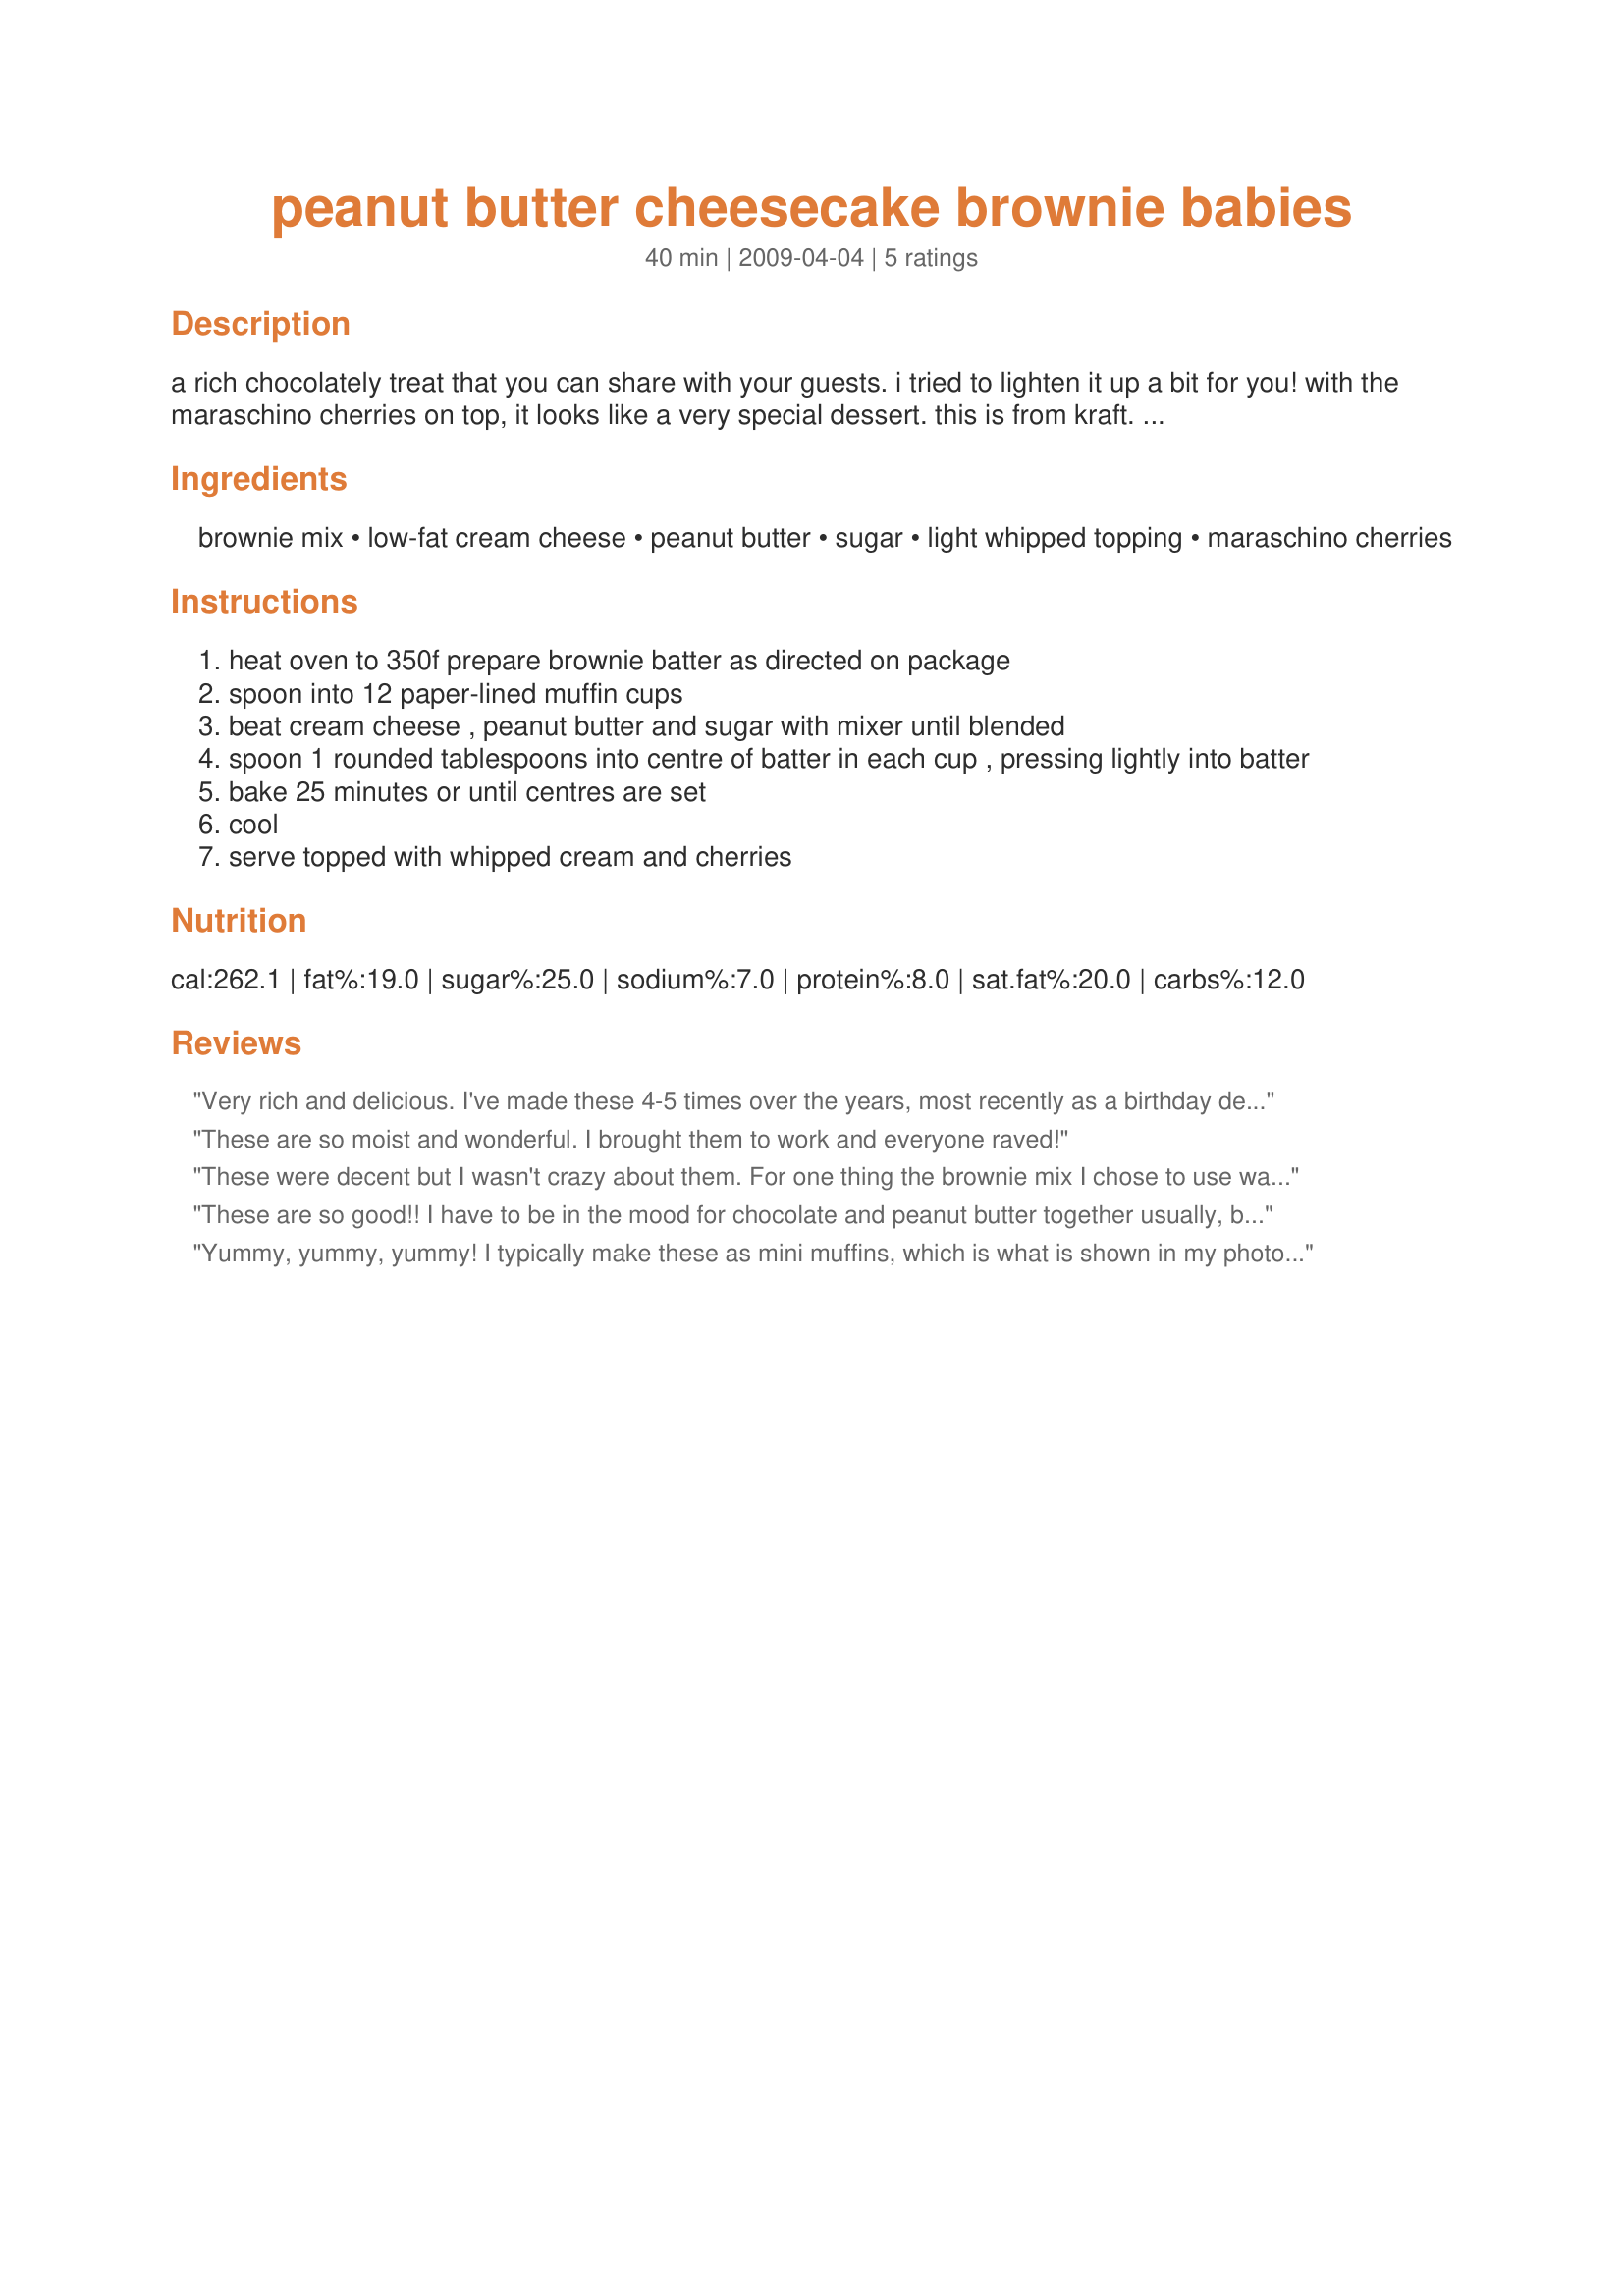
peanut butter cheesecake brownie babies
Preparation time: 40 minutes

a rich chocolately treat that you can share with your guests. i tried to lighten it up a bit for you! with the maraschino cherries on top, it looks like a very special dessert. this is from kraft. enjoy!

Ingredients:
brownie mix, low-fat cream cheese, peanut butter, sugar, light whipped topping, maraschino cherries

Steps:
heat oven to 350f prepare brownie batter as directed on package
spoon into 12 paper-lined muffin cups
beat cream cheese , peanut butter and sugar with mixer until blended
spoon 1 rounded tablespoons into centre of batter in each cup , pressing lightly into batter
bake 25 minutes or until centres are set
cool
serve topped with whipped cream and cherries

Reviews:
Very rich and delicious. I've made these 4-5 times over the years, most recently as a birthday dessert.
These are so moist and wonderful. I brought them to work and everyone raved!
These were decent but I wasn't crazy about them. For one thing the brownie mix I chose to use wasn't all that great, but that is certainly not this recipes fault. Secondly, when eaten warm out of the oven, the mixture of cream cheese and peanut butter was really TANGY, even my mom commented on the strange super tangy taste that it had. But, when eaten room temperature the next day that tanginess had really calmed down. Lastly, I would recommend using the whole container of cream cheese because it seemed like there wasn't exactly enough of the filling in any of the brownies. Not sure if I will make this again or not but I did enjoy trying something new.
These are so good!! I have to be in the mood for chocolate and peanut butter together usually, but these are great anytime! I had a 1lb 2oz box of brownies so I just used it all. I think I may try them next time as mini muffins just so there are more; they may last a day or two longer...Made for Everyday Holiday Tag.
Yummy, yummy, yummy! I typically make these as mini muffins, which is what is shown in my photos. That way they are really just brownie bites and nice for picnics or buffets, when everyone may want to sample just a little of several desserts. If making for a picnic I skip the topping, but it does look nice if you can keep them chilled until serving or top just before serving. To make them minis I use my Pampered Chef Mini Muffin Pan. You don't need as much of the filling, so what I do is use 1 (19-21oz.) pkg brownie mix for the brownie part and for the filling I use; 4 oz. cream cheese, 2 tbsp. sugar, 1 egg, 1/4 c. peanut butter, and 1/4 tsp. vanilla. When filling the brownies I use a dollop of about 1/2 tsp. I get about 5 dozen brownie bites this way. There is usually still some leftover filling so I just scoop that in muffin cups to and bake off also.
